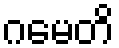
ဂမေတိ